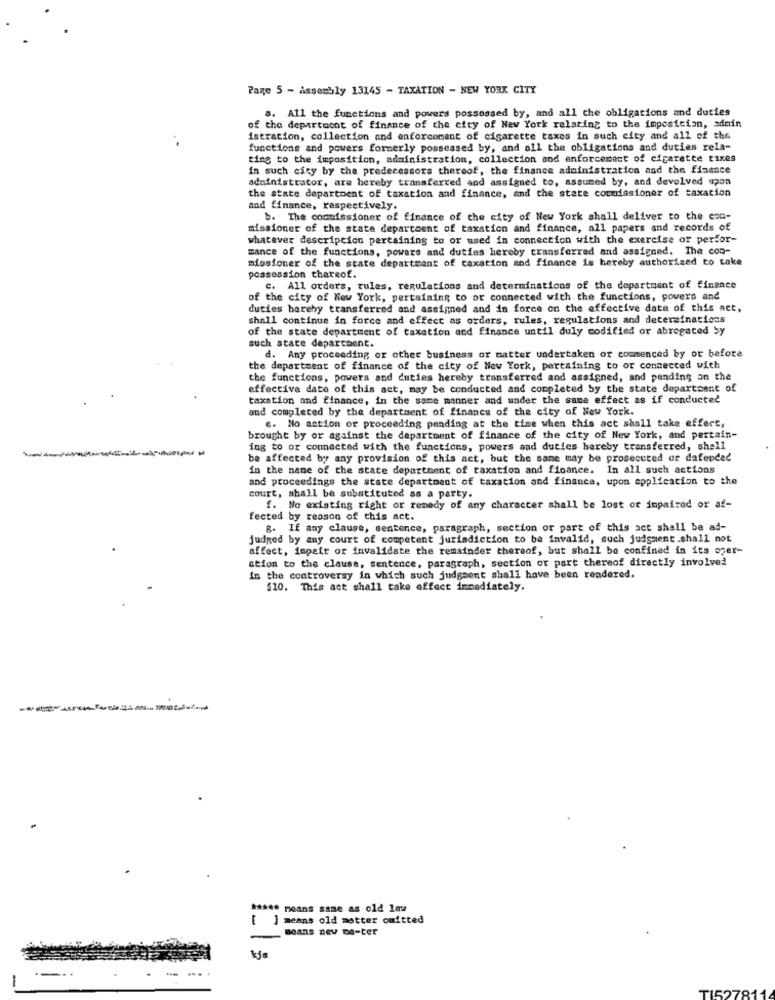
Page 5 - assembly 13145 - TAXATION - NEW YORK CITY
s. All the functions and powers possessed by, and all the obligations and duties
of the department of finance of the city of New York relating to the imposicion, admin
istration, collection and enforcement of cigarette taxes in such city and all of the
functions and powers formerly possessed by, and all the obligations and duties rela-
ting to the imposition, administration, collection and enforcement of cigarette tixes
In such city by the predecessors thereof, the finance administration and the finance
administrator, are hereby transferred and assigned to, assumed by, and devolved upon
the state department of taxation and finance, and the state commissioner of taxation
and finance, respectively.
b. The commissioner of finance of the city of New York shall deliver to the con-
missioner of the state department of taxation and finance, all papers and records of
whatever description pertaining to or used in connection with the exercise or perfor-
mance of the functions, powers and duties hereby transferred and assigned. The coo-
missioner of the state department of taxation and finance is hereby authorized to take
possession thereof.
c. All orders, rules, regulations and determinations of the department of finance
of the city of New York, pertaining to or connected with. the functions, powers and
duties hereby transferred and assigned and in force on the effective date of this act,
shall continue in force and effect as orders, rules, regulations and determinations
of the state department of taxation and finance until duly modified or abrogated by
such state department.
d. Any proceeding or other business or matter undertaken or commenced by or before
the department of finance of the city of New York, pertaining to or connected with
the functions, powers and cuties hereby transferred and assigned, and pending on the
effective date of this act, may be conducted and completed by the state department of
taxation and finance, in the same manner and under the same effect as if conducted
and completed by the department of finance of the city of New York.
c. No action or proceeding pending at the time when this act shall take effect,
brought by or against the department of finance of the city of New York, and pertain-
ing to or connected with the functions, powers and duties hereby transferred, shall
be affected by any provision of this act, but the same may be prosecuted or defended
in the name of the state department of taxation and finance. In all such actions
and proceedings the state department of taxation and finance, upon application to the
court, shall be substituted as a party.
f. No existing right or remedy of any character shall be lost or impaired or af-
fected by reason of this act.
B. If any clause, sentence, paragraph, section or part of this act shall be ad-
judged by any court of competent jurisdiction to be invalid, such judgment.shall not
affect, impair or invalidate the remainder thereof, but shall be confined in its szer-
ation to the clause, sentence, paragraph, section or part thereof directly involved
In the controversy in which auch judgment shall have been rendered.
$10. This act shall take effect immediately.
***** moans same as old law
[ ] means old matter omitted
Beans nev De-ter
kjs